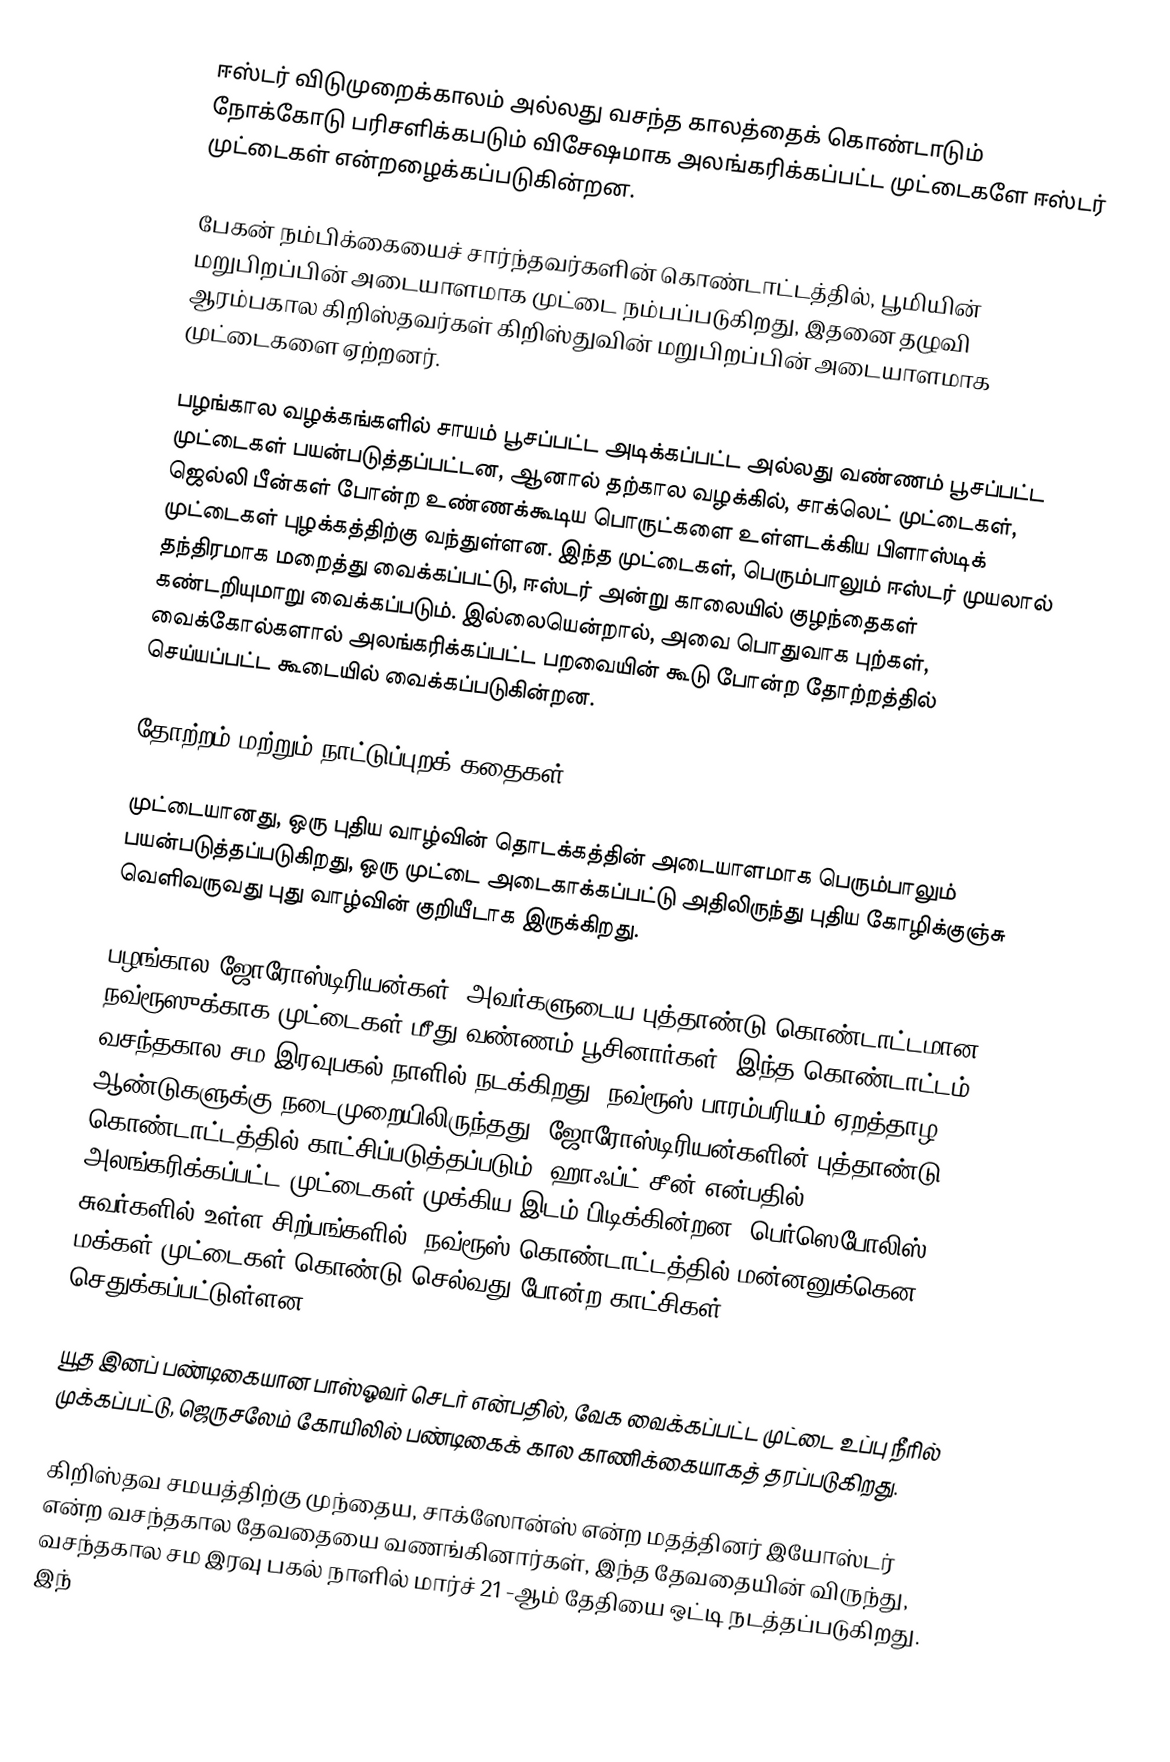
ஈஸ்டர் விடுமுறைக்காலம் அல்லது வசந்த காலத்தைக் கொண்டாடும் நோக்கோடு பரிசளிக்கபடும் விசேஷமாக அலங்கரிக்கப்பட்ட முட்டைகளே ஈஸ்டர் முட்டைகள்  என்றழைக்கப்படுகின்றன.

பேகன் நம்பிக்கையைச் சார்ந்தவர்களின் கொண்டாட்டத்தில், பூமியின் மறுபிறப்பின் அடையாளமாக முட்டை நம்பப்படுகிறது, இதனை தழுவி ஆரம்பகால கிறிஸ்தவர்கள் கிறிஸ்துவின் மறுபிறப்பின் அடையாளமாக முட்டைகளை ஏற்றனர்.

பழங்கால வழக்கங்களில் சாயம் பூசப்பட்ட அடிக்கப்பட்ட அல்லது வண்ணம் பூசப்பட்ட முட்டைகள் பயன்படுத்தப்பட்டன, ஆனால் தற்கால வழக்கில், சாக்லெட் முட்டைகள், ஜெல்லி பீன்கள் போன்ற உண்ணக்கூடிய பொருட்களை உள்ளடக்கிய பிளாஸ்டிக் முட்டைகள் புழக்கத்திற்கு வந்துள்ளன. இந்த முட்டைகள், பெரும்பாலும் ஈஸ்டர் முயலால் தந்திரமாக மறைத்து வைக்கப்பட்டு, ஈஸ்டர் அன்று காலையில் குழந்தைகள் கண்டறியுமாறு வைக்கப்படும். இல்லையென்றால், அவை பொதுவாக புற்கள், வைக்கோல்களால் அலங்கரிக்கப்பட்ட பறவையின் கூடு போன்ற தோற்றத்தில் செய்யப்பட்ட கூடையில் வைக்கப்படுகின்றன.

தோற்றம் மற்றும் நாட்டுப்புறக் கதைகள்

முட்டையானது, ஒரு புதிய வாழ்வின் தொடக்கத்தின் அடையாளமாக பெரும்பாலும் பயன்படுத்தப்படுகிறது, ஒரு முட்டை அடைகாக்கப்பட்டு அதிலிருந்து புதிய கோழிக்குஞ்சு வெளிவருவது புது வாழ்வின் குறியீடாக இருக்கிறது.

பழங்கால ஜோரோஸ்டிரியன்கள், அவர்களுடைய புத்தாண்டு கொண்டாட்டமான நவ்ரூஸுக்காக முட்டைகள் மீது வண்ணம் பூசினார்கள், இந்த கொண்டாட்டம் வசந்தகால சம இரவுபகல் நாளில் நடக்கிறது. நவ்ரூஸ் பாரம்பரியம் ஏறத்தாழ 2500 ஆண்டுகளுக்கு நடைமுறையிலிருந்தது. ஜோரோஸ்டிரியன்களின் புத்தாண்டு கொண்டாட்டத்தில் காட்சிப்படுத்தப்படும், ஹாஃப்ட் சீன்  என்பதில் அலங்கரிக்கப்பட்ட முட்டைகள் முக்கிய இடம் பிடிக்கின்றன. பெர்ஸெபோலிஸ் சுவர்களில் உள்ள சிற்பங்களில், நவ்ரூஸ் கொண்டாட்டத்தில் மன்னனுக்கென மக்கள் முட்டைகள் கொண்டு செல்வது போன்ற காட்சிகள் செதுக்கப்பட்டுள்ளன.

யூத இனப் பண்டிகையான பாஸ்ஓவர் செடர் என்பதில், வேக வைக்கப்பட்ட முட்டை உப்பு நீரில் முக்கப்பட்டு, ஜெருசலேம் கோயிலில் பண்டிகைக் கால காணிக்கையாகத் தரப்படுகிறது.

கிறிஸ்தவ சமயத்திற்கு முந்தைய, சாக்ஸோன்ஸ் என்ற மதத்தினர் இயோஸ்டர் என்ற வசந்தகால தேவதையை வணங்கினார்கள், இந்த தேவதையின் விருந்து, வசந்தகால சம இரவு பகல் நாளில் மார்ச் 21 -ஆம் தேதியை ஒட்டி நடத்தப்படுகிறது. இந்